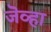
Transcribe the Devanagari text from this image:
जॆव्हा